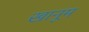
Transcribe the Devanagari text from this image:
खानूम